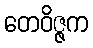
တေဝိဇ္ဇက